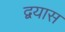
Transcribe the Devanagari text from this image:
द्वयास